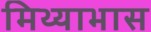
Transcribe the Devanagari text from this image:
मिथ्याभास